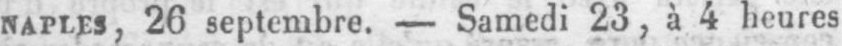
Naples, 26 septembre. - Samedi 23, à 4 heures